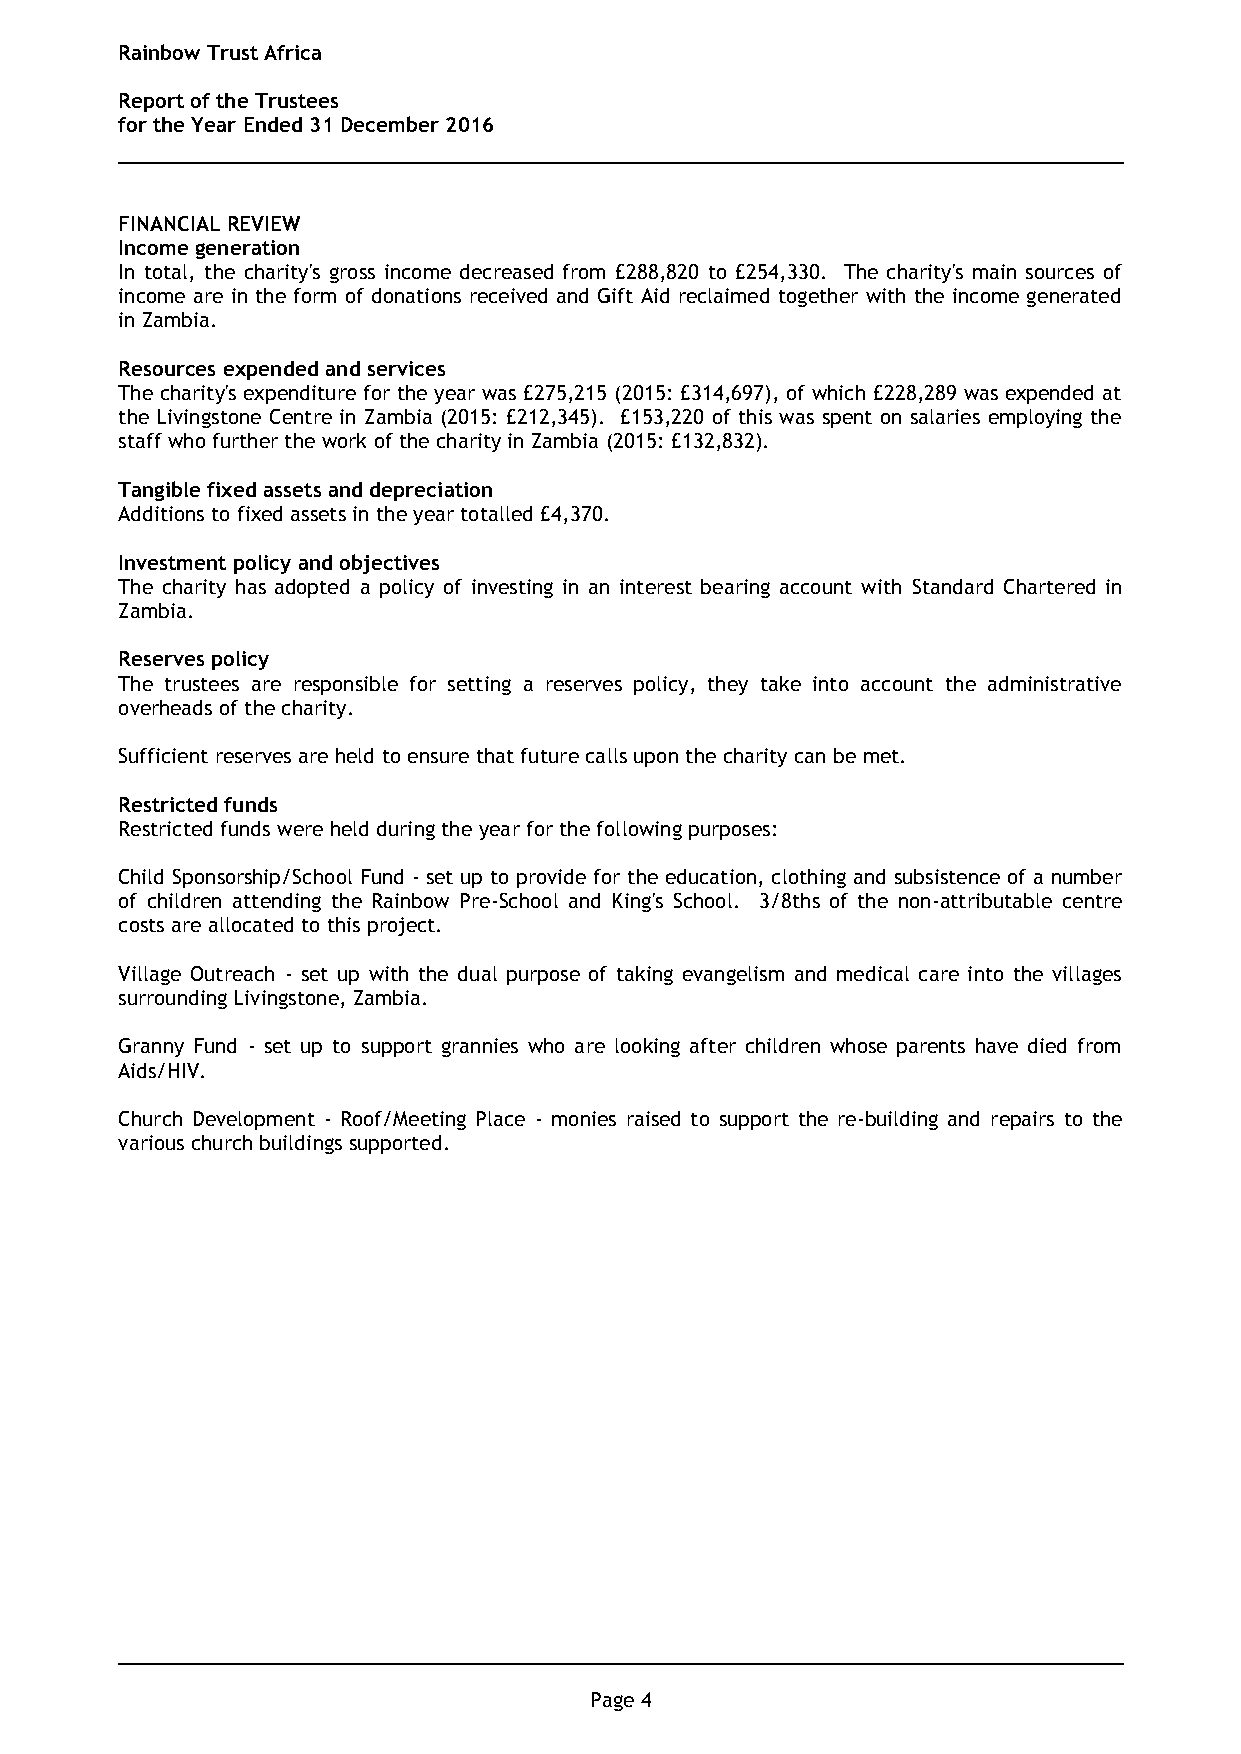
Rainbow Trust Africa
 Report of the Trustees
 for the Year Ended 31 December 2016
 FINANCIAL REVIEW
 Income generation
 In total, the charity's gross income decreased from £288,820 to £254,330. The charity's main sources of
 income are in the form of donations received and Gift Aid reclaimed together with the income generated
 in Zambia.
 Resources expended and services
 The charity's expenditure for the year was £275,215 (2015: £314,697), of which £228,289 was expended at
 the Livingstone Centre in Zambia (2015: £212,345). £153,220 of this was spent on salaries employing the
 staff who further the work of the charity in Zambia (2015: £132,832).
 Tangible fixed assets and depreciation
 Additions to fixed assets in the year totalled £4,370.
 Investment policy and objectives
 The charity has adopted a policy of investing in an interest bearing account with Standard Chartered in
 Zambia.
 Reserves policy
 The trustees are responsible for setting a reserves policy, they take into account the administrative
 overheads of the charity.
 Sufficient reserves are held to ensure that future calls upon the charity can be met.
 Restricted funds
 Restricted funds were held during the year for the following purposes:
 Child Sponsorship/School Fund - set up to provide for the education, clothing and subsistence of a number
 of children attending the Rainbow Pre-School and King's School. 3/8ths of the non-attributable centre
 costs are allocated to this project.
 Village Outreach - set up with the dual purpose of taking evangelism and medical care into the villages
 surrounding Livingstone, Zambia.
 Granny Fund - set up to support grannies who are looking after children whose parents have died from
 Aids/HIV.
 Church Development - Roof/Meeting Place - monies raised to support the re-building and repairs to the
 various church buildings supported.
 Page 4